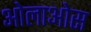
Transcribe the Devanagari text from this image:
ओलाओस